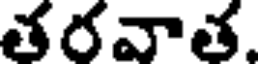
తరవాత.